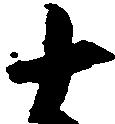
十